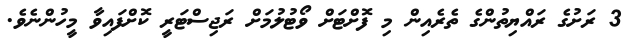
3 ރަށުގެ ރައްޔިތުންގެ ތެރެއިން މި ފޮށްޓަށް ވޯޓުލުމަށް ރަޖިސްޓަރީ ކޮށްފައިވާ މީހުންނެވެ.